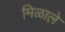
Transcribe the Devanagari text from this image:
मिळाले़